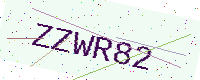
Text: ZZWR82